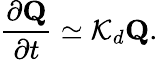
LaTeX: \frac{\partial{\mathbf Q}}{\partial t}\simeq{\cal K}_{d}{\mathbf Q}.